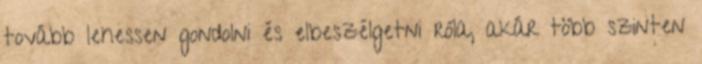
tovább lehessen gondolni és elbeszélgetni róla, akár több szinten